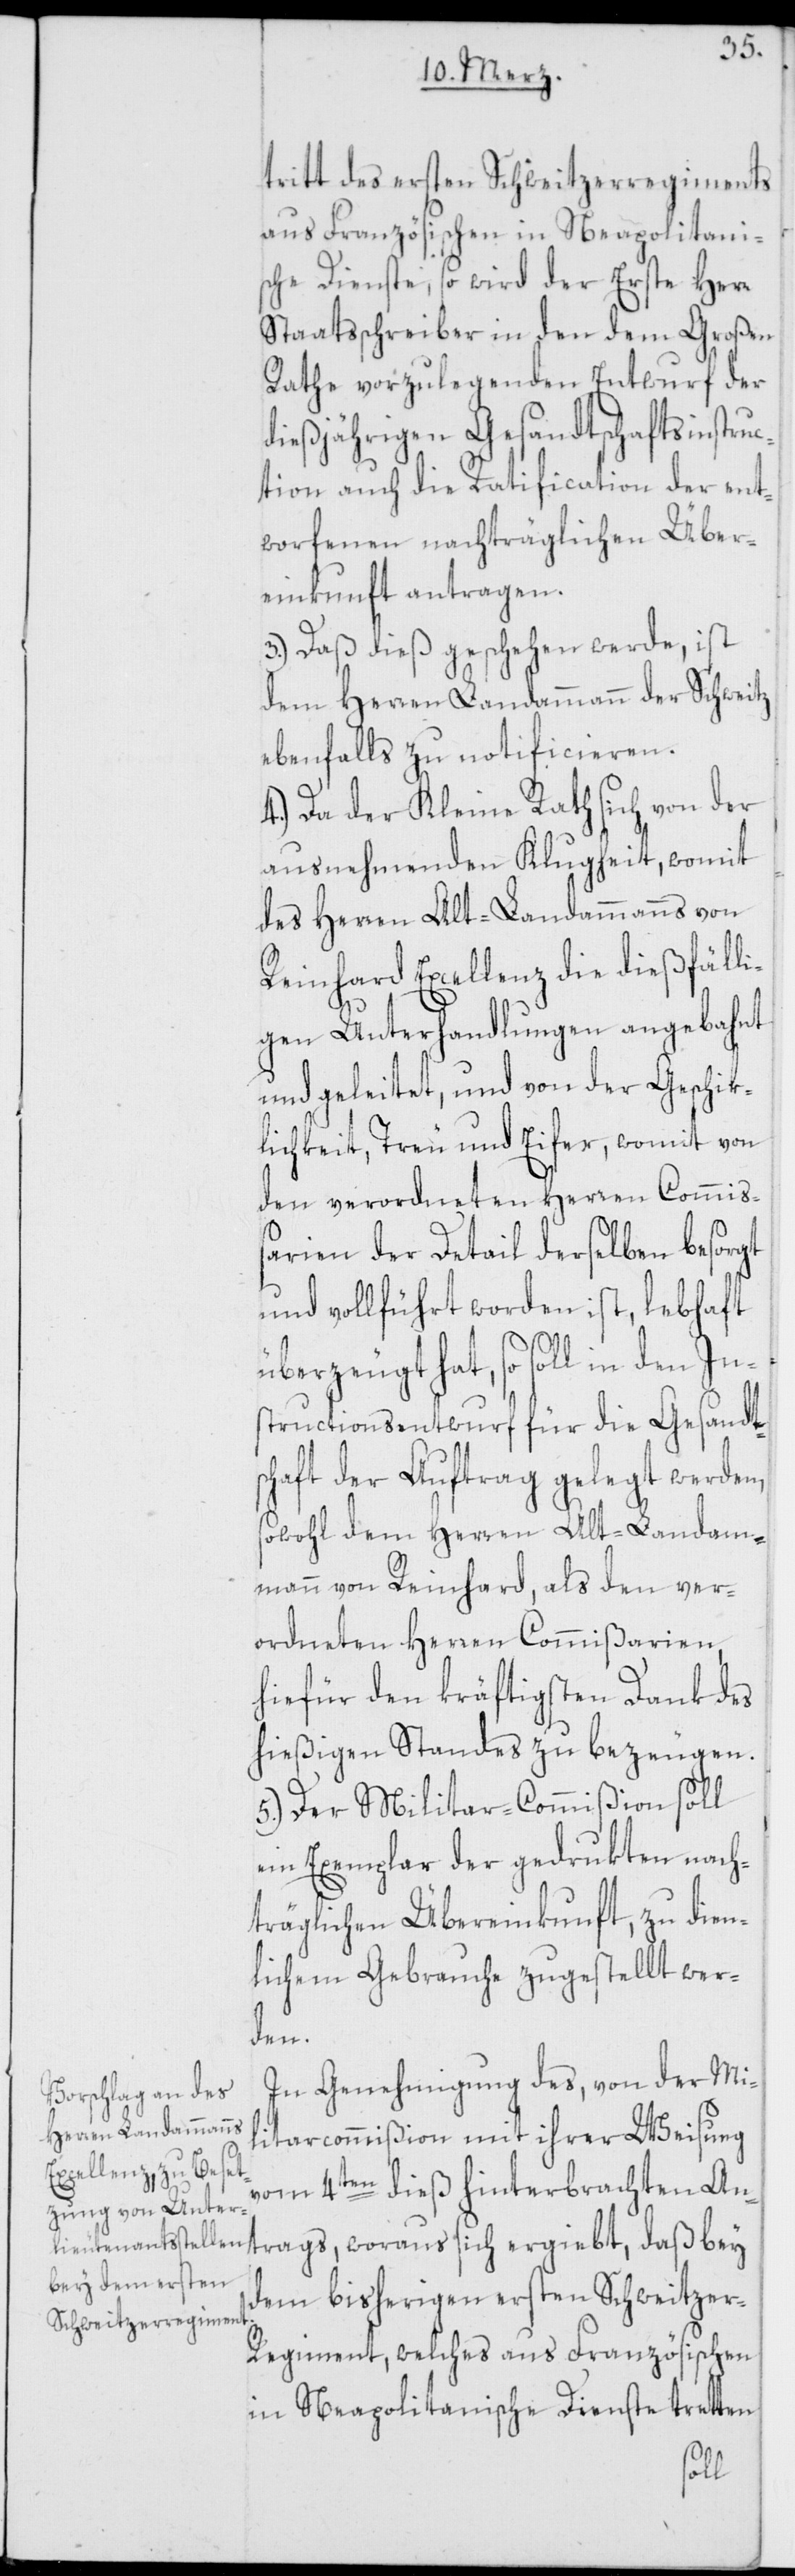
tritt des ersten Schweitzerregiments
aus Französischen in Neapolitanis¬
che Dienste, so wird der Erste Herr
Staatsschreiber in den dem Großen
Rathe vorzulegenden Entwurf der
dießjährigen Gesandtschaftsinstruc¬
tion auch die Ratification der ent¬
worfenen nachträglichen Über¬
einkunft antragen.
3.) Daß dieß geschehen werde, ist
dem Herren Landammann der Schweitz
ebenfalls zu notificieren.
4.) Da der Kleine Rath sich von der
ausnehmenden Klugheit, womit
des Herren Alt-Landammanns von
Reinhard Excellenz die dießfälli¬
gen Unterhandlungen angebahnt
und geleitet, und von der Geschik¬
lichkeit, Treu und Eifer, womit von
den verordneten Herren Commiß¬
arien der Detail derselben besorgt
und vollführt worden ist, lebhaft
überzeugt hat, so soll in den In¬
structionsentwurf für die Gesandt¬
schaft der Auftrag gelegt werden,
sowohl dem Herren Alt-Landam¬
mann von Reinhard, als den ver¬
ordneten Herren Commißarien,
hiefür den kräftigsten Dank des
hießigen Standes zu bezeugen.
5.) Der Militar-Commißion soll
ein Exemplar der gedrukten nach¬
träglichen Übereinkunft, zu dien¬
lichem Gebrauche zugestellt wer¬
den.
In Genehmigung des, von der Mili¬
tarcommißion mit ihrer Weisung
vom 4ten dieß hinterbrachten An¬
trags, woraus sich ergiebt, daß bey
dem bisherigen ersten Schweitzer-R¬
egiment, welches aus Französischen
in Neapolitanische Dienste tretten